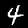
Digit: 4